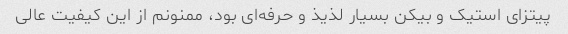
پیتزای استیک و بیکن بسیار لذیذ و حرفه‌ای بود، ممنونم از این کیفیت عالی